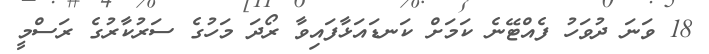
18 ވަނަ ދުވަހު ފެއްޓޭނެ ކަމަށް ކަނޑައަޅާފައިވާ ރޯދަ މަހުގެ ސަރުކާރުގެ ރަސްމީ